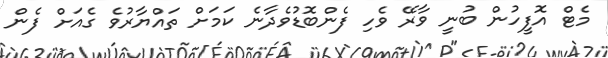
މެޓް އޮފީހުން ބުނީ ވާރޭ ވެހި ފެންބޮޑުވެދާނެ ކަމަށް ތައްޔާރުވެ ގެއަށް ފެން